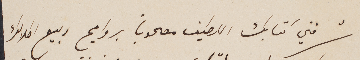
شرفني كتابك اللطيف مصحوباً بروايح ربيع اطلالك